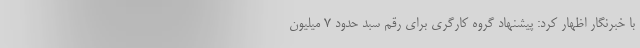
با خبرنگار اظهار کرد: پیشنهاد گروه کارگری برای رقم سبد حدود 7 میلیون